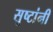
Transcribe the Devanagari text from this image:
सुष्टांनी